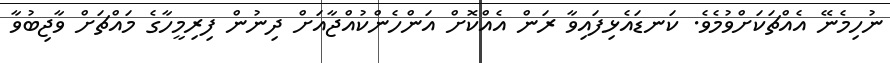
ނުހިމެނޭ އެއްޗަކަށްވުމެވެ. ކަނޑައެޅިފައިވާ ރަން އެއްކޮށް އަންހެންކުއްޖާއަށް ދިނުން ފިރިމީހާގެ މައްޗަށް ވާޖިބުވާ